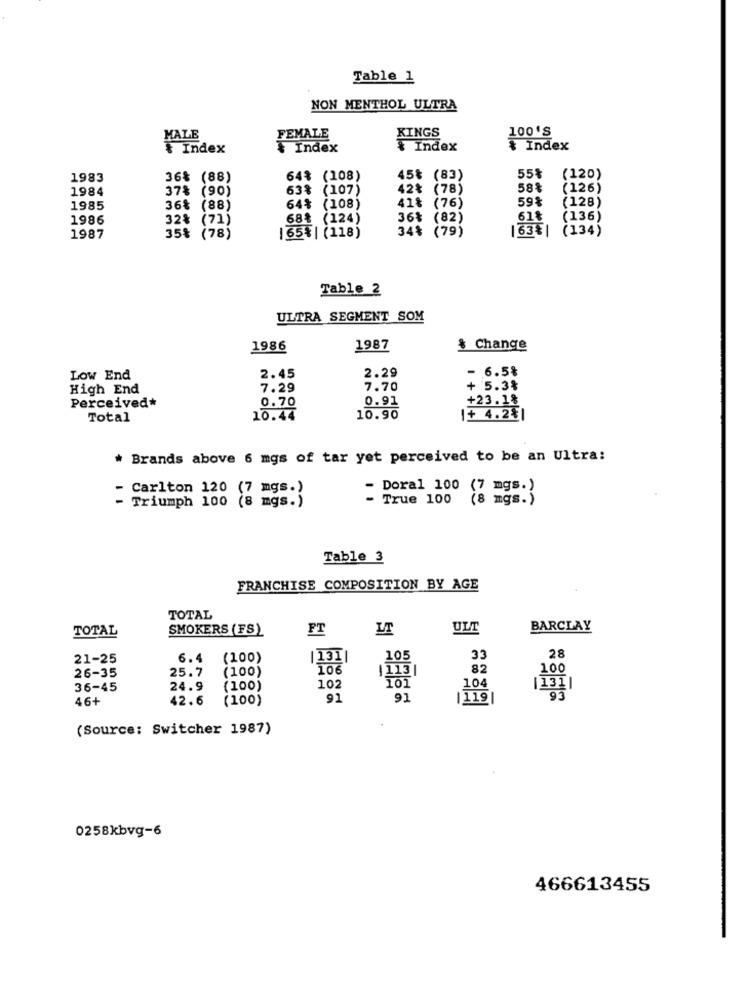
Table 1
NON MENTHOL ULTRA
100'S
FEMALE
KINGS
៛ Index
Index
& Index
1983
36% (88)
64% (108)
45% (83)
55
(120)
1984
37% (90)
63% (107)
42₺ (78)
58%
(126)
41% (76)
59%
(128)
1985
36% (88)
64%
(108)
1986
32% (71)
68% (124)
36% (82)
61%
(136)
34% (79)
163% | (134)
1987
35% (78)
|65%| (118)
Table 2
ULTRA SEGMENT SOM
1986
1987
& Change
2.29
- 6.5%
Low End
2.45
High End
7.29
7.70
+ 5.3%
0.70
0.91
+23.18
Perceived*
Total
10.44
10.90
|+ 4.2₺1
* Brands above 6 mgs of tar yet perceived to be an Ultra:
- Carlton 120 (7 mgs.)
Doral 100
(7 mgs.)
- Triumph 100 (8 mgs.)
True 100
8 mgs.)
Table 3
FRANCHISE COMPOSITION BY AGE
TOTAL
TOTAL
SMOKERS (FS)
FT
ULT
BARCLAY
28
21-25
6.4
(100)
|131|
105
33
26-35
25.7
(100)
106
|113 |
82
100
101
104
36-45
24.9
(100)
102
|131|
46+
42.6
(100)
91
91
119
93
(Source: Switcher 1987)
0258kbvg-6
466613455